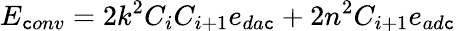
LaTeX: E_{\mathtt{c}onv}=2k^{2}C_{i}C_{i+1}e_{da\mathtt{c}}+2n^{2}C_{i+1}e_{ad\mathtt{c}}